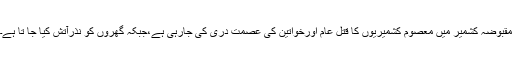
مقبوضہ کشمیر میں معصوم کشمیریوں کا قتل عام اورخواتین کی عصمت دری کی جارہی ہے،جبکہ گھروں کو نذرآتش کیا جا تا ہے۔